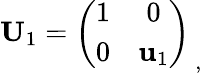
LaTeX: {\mathbf U}_{1}=\left(\begin{array}{cc}{{1}}&{{0}}\\ {{0}}&{{{\mathbf u}_{1}}}\end{array}\right)_{\ ,}